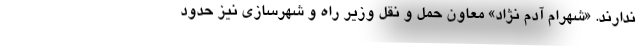
ندارند. «شهرام آدم نژاد» معاون حمل و نقل وزیر راه و شهرسازی نیز حدود